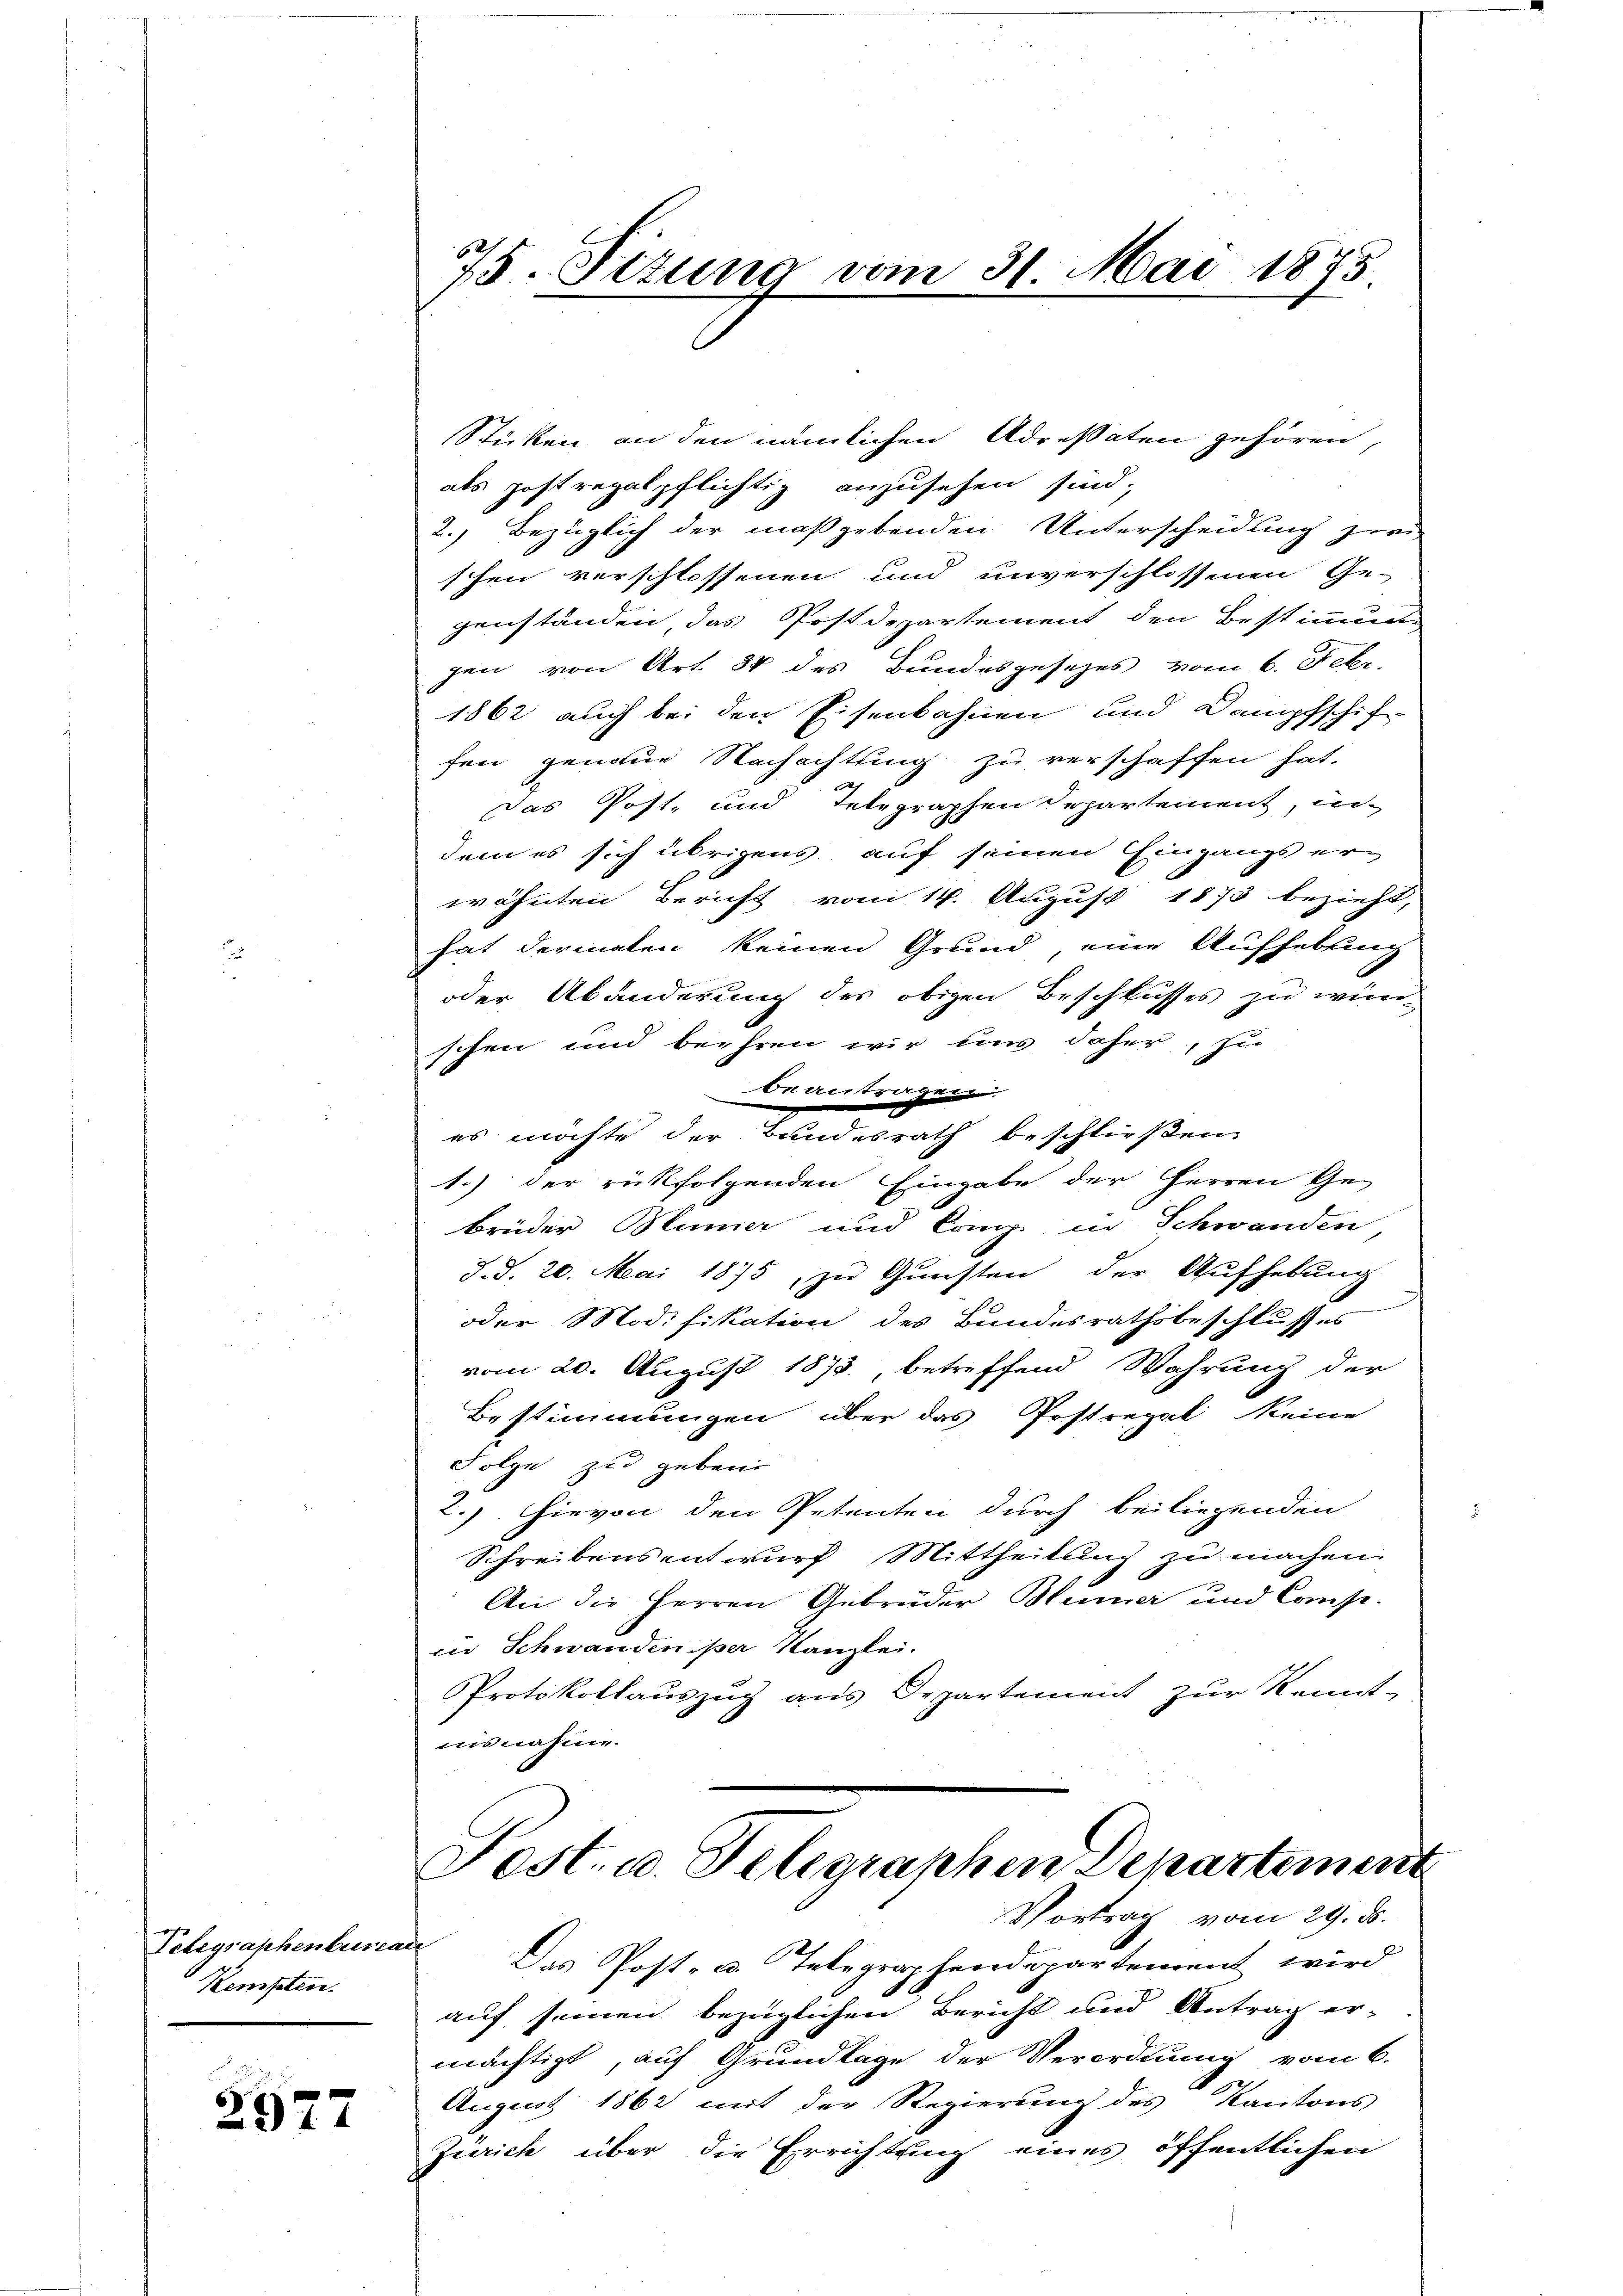
Telegraphenbureau
Kempten.

2977

75. Titung vom 31. Mai 1873

Sticken an den nämlichen Adressaten gehören,
als postregalpflichtig anzusehen sind;
2. Bezüglich der maßgebenden Unterscheidung zwi
schen verschlossenen und unverschlossenen Ge-
genständen das Postdepartement den Bestimmung
gen von Art. 34 des Bundesgesetzes vom 6. Febr.
1862 auch bei den Eisenbahnen und Dampfschif-
fen genaue Nachachtung zu verschaffen hat.
Das Post, und Telegraphen Departement, in
dem es sich übrigens auf seinen Eingangs erwähnten Bericht vom 14. August 1873 bezieht,
hat dermalen keinen Grund, eine Aufhebung
oder Abänderung des obigen Beschlusses zu wünschen und beehren wir uns daher, zu
beantragen.
es möchte der Bundesrath beschließen.
1.) Der rückfolgenden Eingabe der Herren Ge-
brüder Blümer und Comp. in Schwanden
d. d. 20. Mai 1875, zu Gunsten der Aufhebung
oder Modifikation des Bundesrathsbeschlusses
vom 20. August 1873, betreffend Wahrung der
Bestimmungen über das Postregal keine
Folge zu geben.
2.) Hievon den Petenten durch beiliegenden
Schreibens entwurf Mittheilung zu machen.
An die Herren Gebrüder Hemer und Compe-
in Schwanden iser Kanzlei.
Protokollauszug aus Departement zur Kennt-
iisnahme.

Post. u. Telegraphen Departement
Vortrag vom 29. ds.

Das Post- u. Telegraphendepartement wird
auf seinen bezüglichen Bericht und Antrag er-
mächtigt, auf Grundlage der Verordnung vom 6.
August 1862 mit der Regierung des Kantons
Zürich über die Errichtung eines öffentlichen